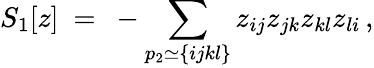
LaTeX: S_{1}[z]~=~-\sum_{p_{2}\simeq\{ ijkl\} }z_{ij}z_{jk}z_{kl}z_{li}\, ,